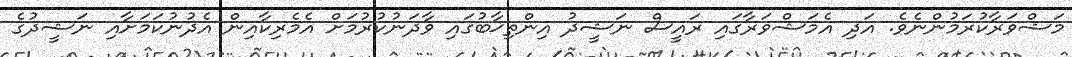
މަޝްވަރާކުރަމުންނެވެ. އަދި އެމަޝްވަރާގައި ރައީސް ނަޝީދު އިންތިޚާބުގައި ވާދަނުކުރުމަށް އެމެރިކާއިން އެދުނުކަމަށާއި ނަޝީދުގެ